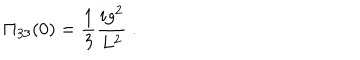
\Pi _ { 3 3 } ( 0 ) = \frac { 1 } { 3 } \frac { i g ^ { 2 } } { L ^ { 2 } } \ .